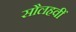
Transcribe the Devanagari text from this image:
सौलहवीं